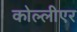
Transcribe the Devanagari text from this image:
कोल्लीएर